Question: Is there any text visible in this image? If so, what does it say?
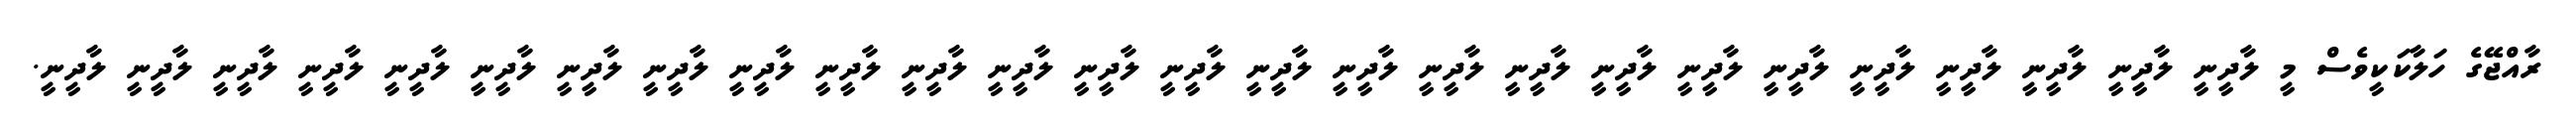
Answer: ރާއްޖޭގެ ހަލާކަކީވެސް މީ ލާދީނީ ލާދީނީ ލާދީނީ ލާދީނީ ލާދީނީ ލާދީނީ ލާދީނީ ލާދީނީ ލާދީނީ ލާދީނީ ލާދީނީ ލާދީނީ ލާދީނީ ލާދީނީ ލާދީނީ ލާދީނީ ލާދީނީ ލާދީނީ ލާދީނީ ލާދީނީ ލާދީނީ ލާދީނީ ލާދީނީ ލާދީނީ ލާދީނީ ލާދީނީ.